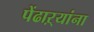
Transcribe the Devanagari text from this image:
पेंढाऱ्यांना